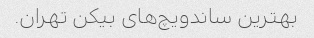
بهترین ساندویچ‌های بیکن تهران.